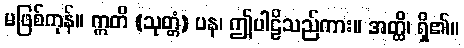
မဖြစ်ကုန်။ ဣတိ (သုတ္တံ) ပန၊ ဤပါဠိသည်ကား။ အတ္ထိ၊ ရှိ၏။